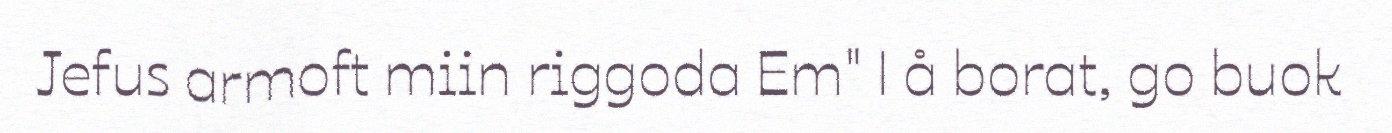
Jefus armoft miin riggoda Em" | å borat, go buok